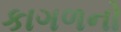
કાગળનો